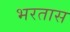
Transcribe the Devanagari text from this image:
भरतास